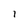
Character: 1